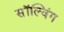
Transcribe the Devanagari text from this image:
सॉल्विंग